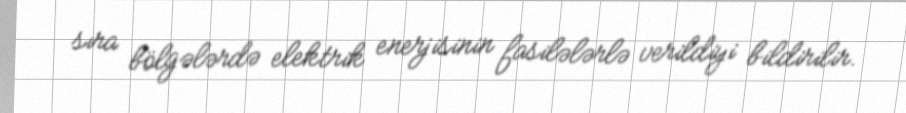
sıra bölgələrdə elektrik enerjisinin fasilələrlə verildiyi bildirilir.